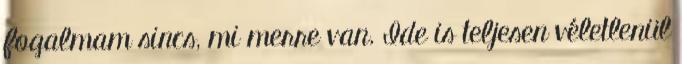
fogalmam sincs, mi merre van. Ide is teljesen véletlenül